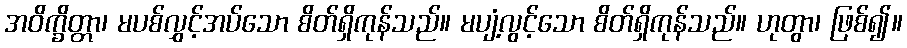
အဝိက္ခိတ္တာ၊ မပစ်လွှင့်အပ်သော စိတ်ရှိကုန်သည်။ မပျံ့လွင့်သော စိတ်ရှိကုန်သည်။ ဟုတွာ၊ ဖြစ်၍။